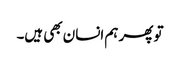
تو پھر ہم انسان بھی ہیں۔